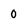
Character: 0